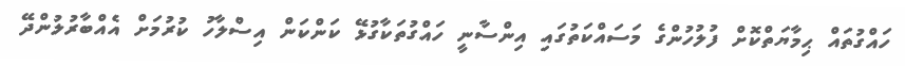
ހައްގުތައް ޙިމާޔަތްކޮށް ފުލުހުންގެ މަސައްކަތުގައި އިންސާނީ ހައްގުތަކާގުޅޭ ކަންކަން އިސްލާހު ކުރުމަށް އެއްބާރުލުންދޭ